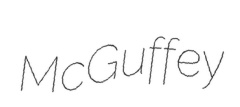
McGuffey